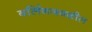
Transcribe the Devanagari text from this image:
बर्लिनजवळील